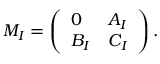
M _ { I } = \left( \begin{array} { l l } { { 0 } } & { { A _ { I } } } \\ { { B _ { I } } } & { { C _ { I } } } \end{array} \right) .